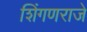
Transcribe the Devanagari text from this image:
शिंगणराजे